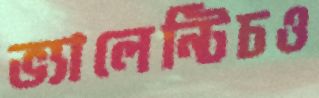
ভ্যালেন্টিচও